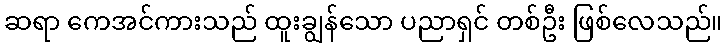
ဆရာ ကေအင်ကားသည် ထူးချွန်သော ပညာရှင် တစ်ဦး ဖြစ်လေသည်။